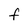
Character: F